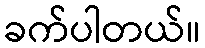
ခက်ပါတယ်။